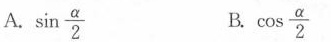
A.\sin \frac{α}{2} B \cos \frac{α}{2}